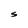
Character: S